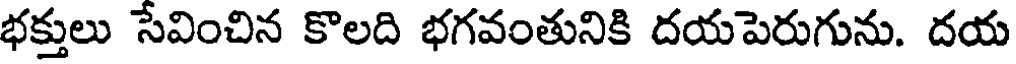
భక్తులు సేవించిన కొలది భగవంతునికి దయపెరుగును. దయ